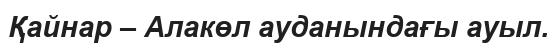
Қайнар – Алакөл ауданындағы ауыл.